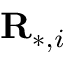
\mathbf { R } _ { * , i }